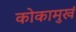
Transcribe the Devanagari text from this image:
कोकामुखं